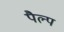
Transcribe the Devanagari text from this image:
पैल्प